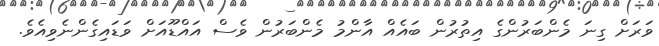
ވަރަށް ގިނަ މެންބަރުންގެ އިތުރުން ބައެއް އާންމު މެންބަރުން ވެސް އައްޑޫއަށް ވަޑައިގެންނެވިއެވެ.